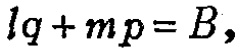
\(lq + mp = B,\)